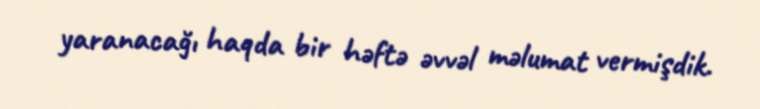
yaranacağı haqda bir həftə əvvəl məlumat vermişdik.